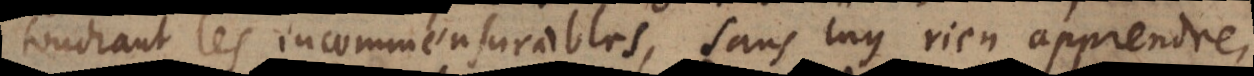
touchant les incommensurables, sans luy rien apprendre,